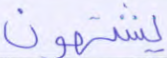
يشتهون